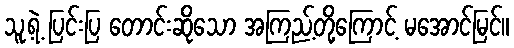
သူ့ရဲ့ ပြင်းပြ တောင်းဆိုသော အကြည့်တို့ကြောင့် မအောင်မြင်။